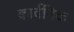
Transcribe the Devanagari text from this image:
कार्वनिक